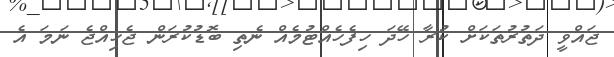
ޖައްވީ ދަތުރުތަކަށް ކުރާ ހޭދަ ހިފެހެއްޓުމެއް ނެތި ބޮޑުކުރަން ޖެހިއްޖެ ނަމަ އެ